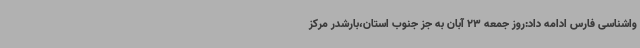
واشناسی فارس ادامه داد:روز جمعه 23 آبان به جز جنوب استان،بارشدر مرکز